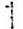
1